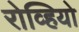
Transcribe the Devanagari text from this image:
रोव्हियो